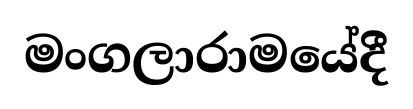
මංගලාරාමයේදී